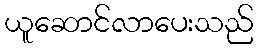
ယူဆောင်လာပေးသည်